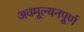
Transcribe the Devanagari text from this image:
अवमूल्यनपूर्ण